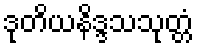
ဒုတိယနိဒ္ဒသသုတ္တံ